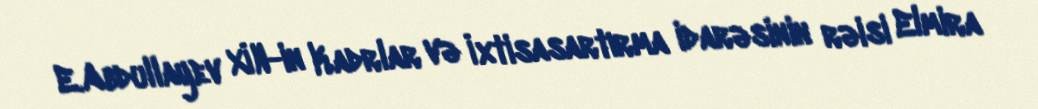
E.Abdullayev XİN-in Kadrlar və İxtisasartırma idarəsinin rəisi Elmira